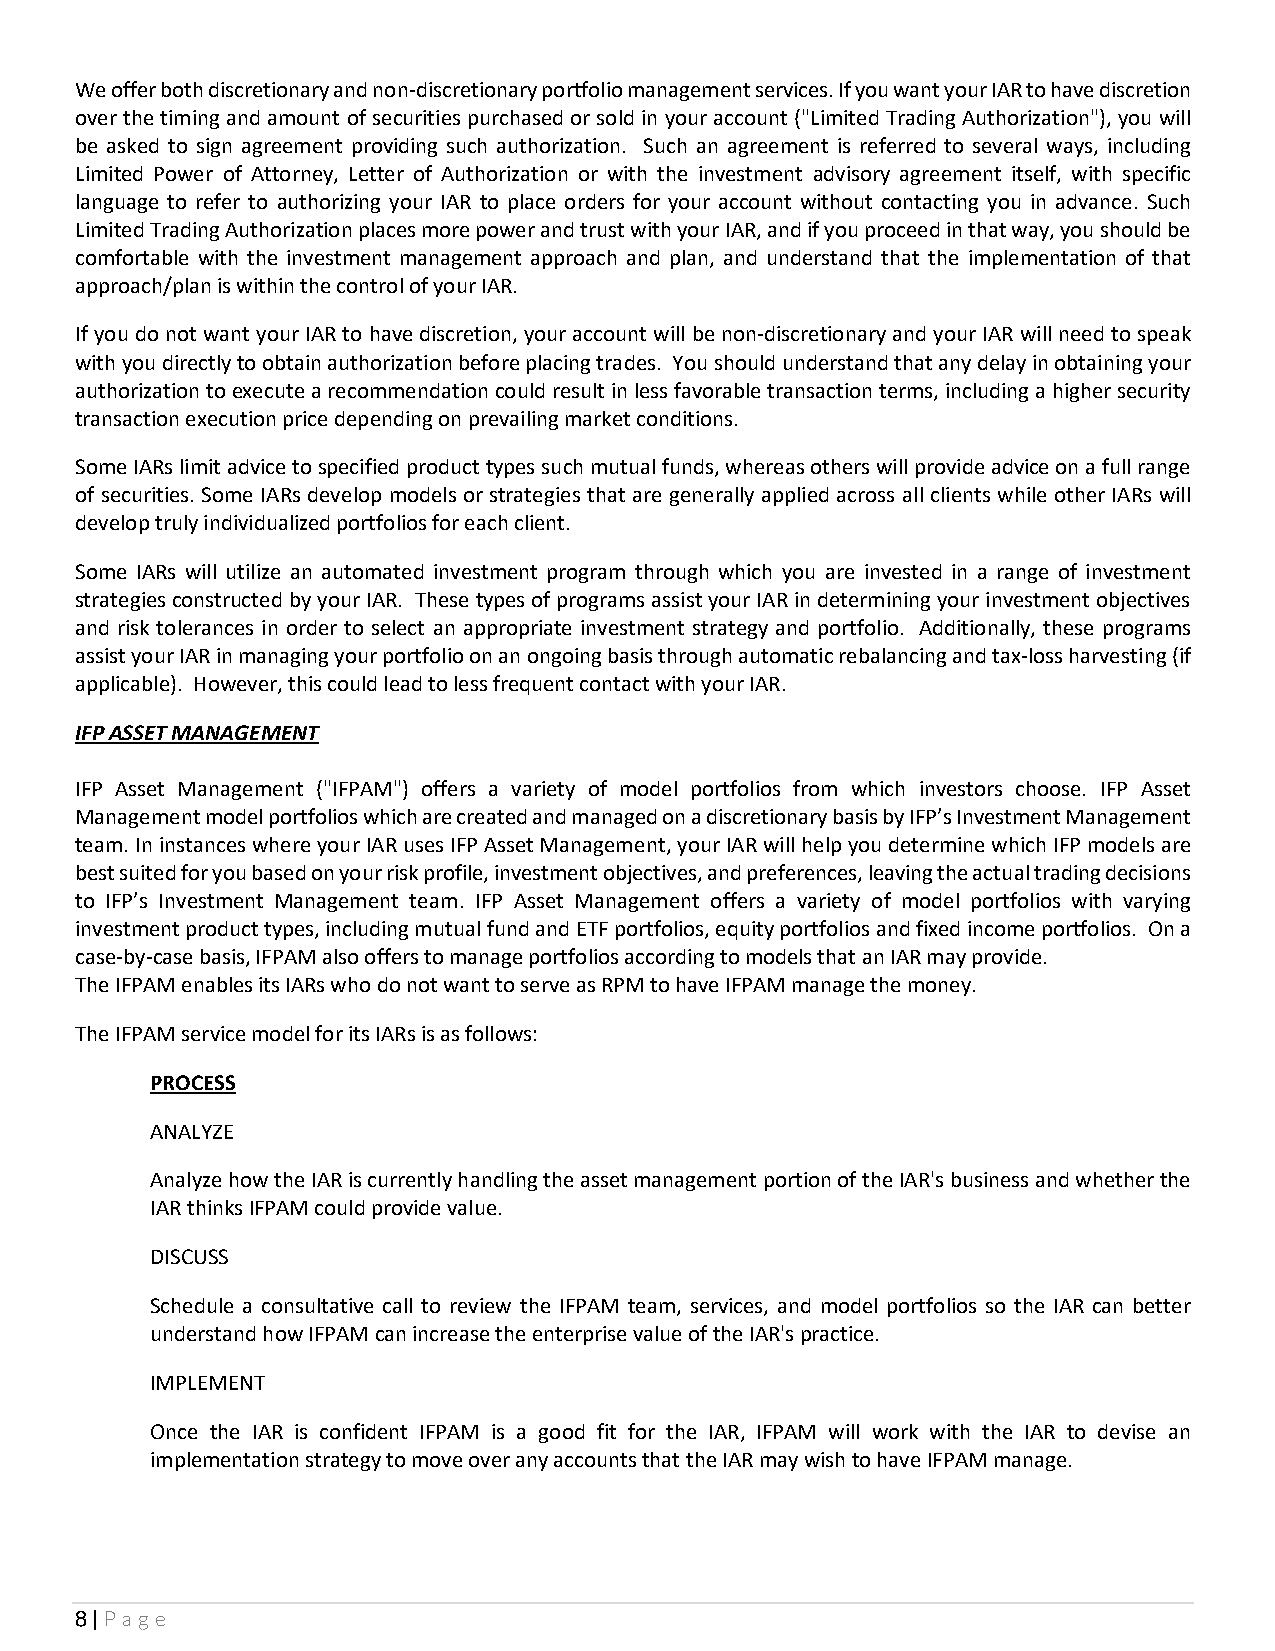
We offer both discretionary and non-discretionary portfolio management services. If you want your IAR to have discretion
 over the timing and amount of securities purchased or sold in your account ("Limited Trading Authorization"), you will
 be asked to sign agreement providing such authorization. Such an agreement is referred to several ways, including
 Limited Power of Attorney, Letter of Authorization or with the investment advisory agreement itself, with specific
 language to refer to authorizing your IAR to place orders for your account without contacting you in advance. Such
 Limited Trading Authorization places more power and trust with your IAR, and if you proceed in that way, you should be
 comfortable with the investment management approach and plan, and understand that the implementation of that
 approach/plan is within the control of your IAR.
 If you do not want your IAR to have discretion, your account will be non-discretionary and your IAR will need to speak
 with you directly to obtain authorization before placing trades. You should understand that any delay in obtaining your
 authorization to execute a recommendation could result in less favorable transaction terms, including a higher security
 transaction execution price depending on prevailing market conditions.
 Some IARs limit advice to specified product types such mutual funds, whereas others will provide advice on a full range
 of securities. Some IARs develop models or strategies that are generally applied across all clients while other IARs will
 develop truly individualized portfolios for each client.
 Some IARs will utilize an automated investment program through which you are invested in a range of investment
 strategies constructed by your IAR. These types of programs assist your IAR in determining your investment objectives
 and risk tolerances in order to select an appropriate investment strategy and portfolio. Additionally, these programs
 assist your IAR in managing your portfolio on an ongoing basis through automatic rebalancing and tax-loss harvesting (if
 applicable). However, this could lead to less frequent contact with your IAR.
 IFP ASSET MANAGEMENT
 IFP Asset Management ("IFPAM") offers a variety of model portfolios from which investors choose. IFP Asset
 Management model portfolios which are created and managed on a discretionary basis by IFP’s Investment Management
 team. In instances where your IAR uses IFP Asset Management, your IAR will help you determine which IFP models are
 best suited for you based on your risk profile, investment objectives, and preferences, leaving the actual trading decisions
 to IFP’s Investment Management team. IFP Asset Management offers a variety of model portfolios with varying
 investment product types, including mutual fund and ETF portfolios, equity portfolios and fixed income portfolios. On a
 case-by-case basis, IFPAM also offers to manage portfolios according to models that an IAR may provide.
 The IFPAM enables its IARs who do not want to serve as RPM to have IFPAM manage the money.
 The IFPAM service model for its IARs is as follows:
 PROCESS
 ANALYZE
 Analyze how the IAR is currently handling the asset management portion of the IAR's business and whether the
 IAR thinks IFPAM could provide value.
 DISCUSS
 Schedule a consultative call to review the IFPAM team, services, and model portfolios so the IAR can better
 understand how IFPAM can increase the enterprise value of the IAR's practice.
 IMPLEMENT
 Once the IAR is confident IFPAM is a good fit for the IAR, IFPAM will work with the IAR to devise an
 implementation strategy to move over any accounts that the IAR may wish to have IFPAM manage.
 8 | Page